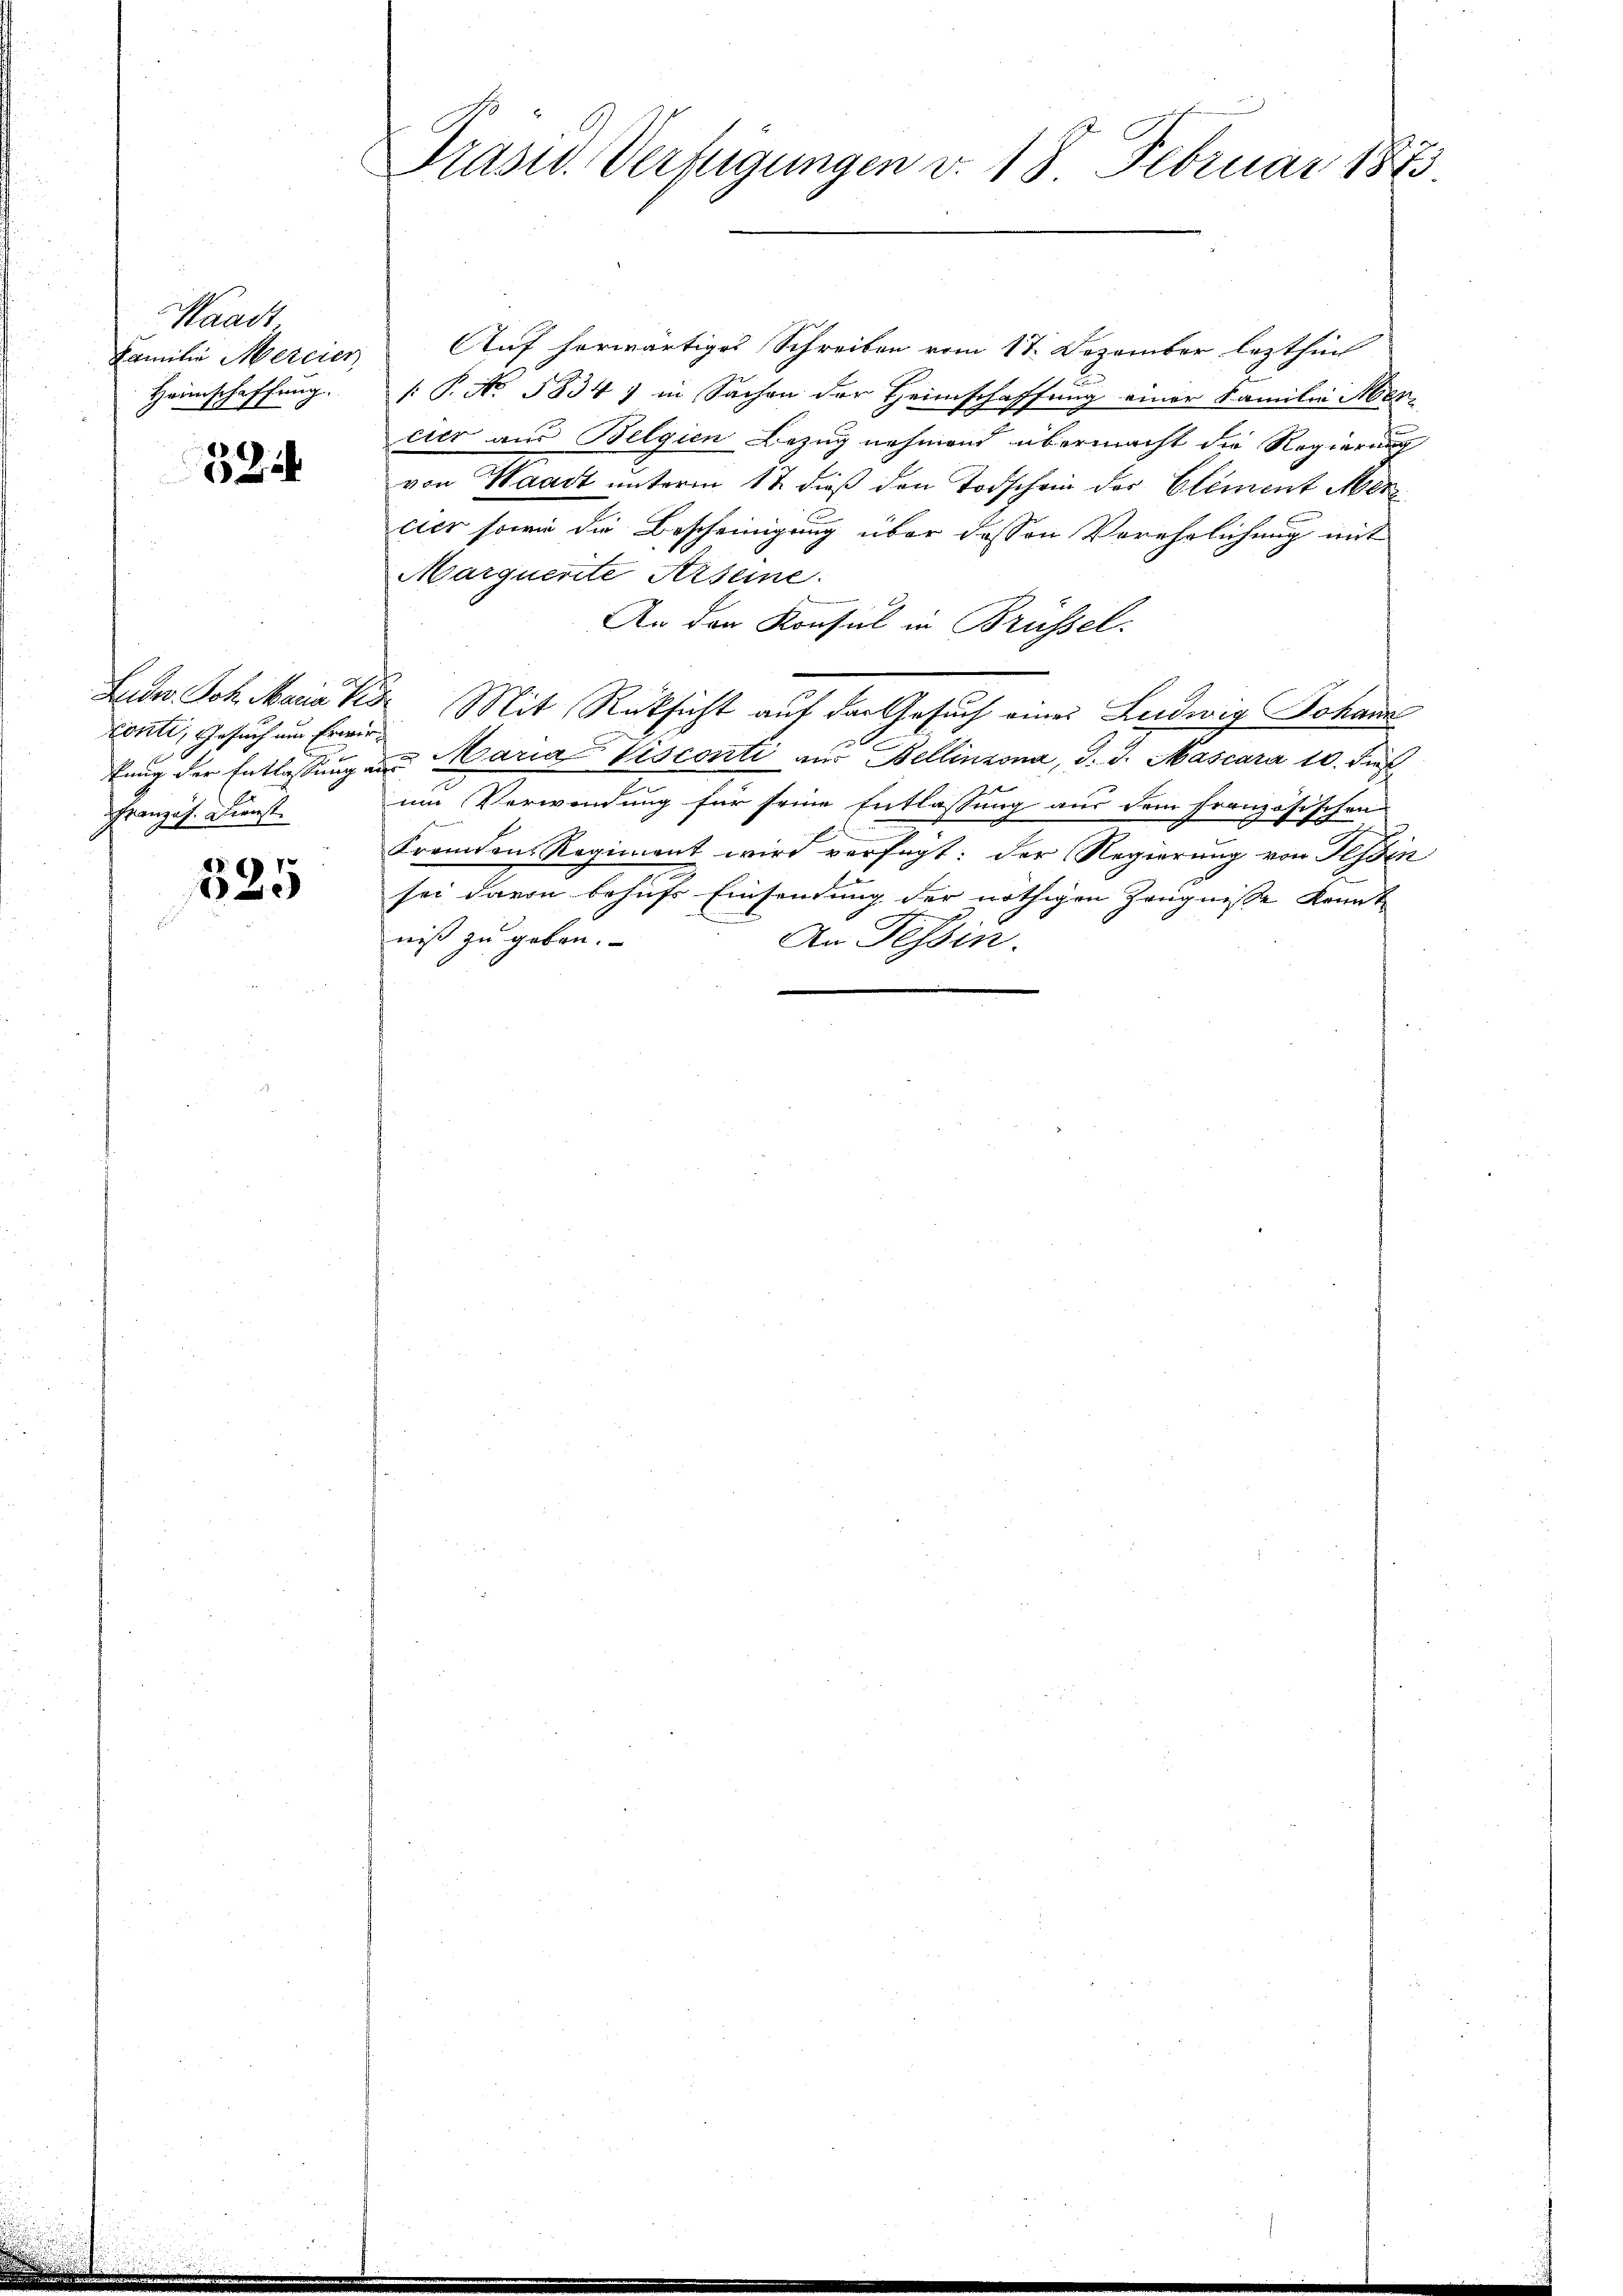
Waadt
Familie Mercier,
Heimschaffung.

32

conti, Gesuch um Erwir¬
Französ. Dienst

325

Präsid. Verfügungen v. 18. Februar 1873.

Auf herwärtiges Schreiben vom 17. Dezember lezthin
/: P. No. 5834) in Sachen der Heimschaffung einer Familie Aber
cier aus Belgien Bezug nehmend übermacht die Regierung
von Waadt unterm 17. dieß den Todschein des Element Mer
cier sowie die Bescheinigung über dessen Verehrlichung mit
Marquente Arseine
An den Konsul in Brüssel
Lude. Joh. Maria Per Mit Rücksicht auf der Gesuch einer Ludwig Johann
 x
tung der Entlassung des Maria Visconti aus Bellinzona, d. J. Mascara 10. dieß
um Verwendung für seine Entlassung aus dem französischen
Fremden Regiment wird verfügt: der Regierung von Tessin
E
sei davon behufs Einsendung der nöthigen Zeugnisse konnt
niß zu geben.
An Tessin.